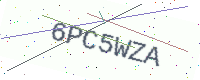
Text: 6PC5WZA